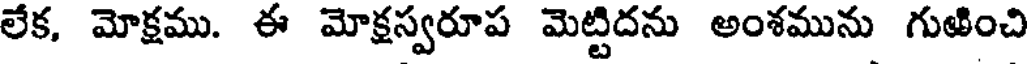
లేక, మోక్షము. ఈ మోక్షస్వరూప మెట్టిదను అంశమును గుఱించి